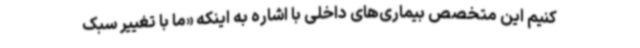
کنیم این متخصص بیماری‌های داخلی با اشاره به اینکه «ما با تغییر سبک